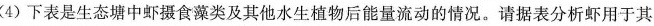
(4)下表是生态塘中虾摄食藻类及其他水生植物后能量流动的情况。请据表分析虾用于其